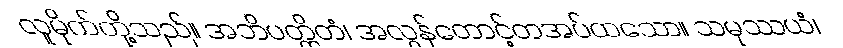
လူမိုက်တို့သည်။ အဘိပတ္ထိတံ၊ အလွန်တောင့်တအပ်ထသော။ သမုဿယံ၊